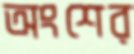
অংশের